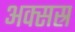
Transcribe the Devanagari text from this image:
अक्सस्र